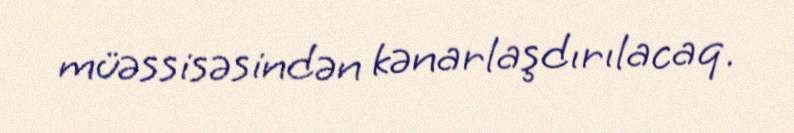
müəssisəsindən kənarlaşdırılacaq.